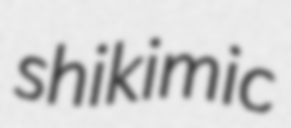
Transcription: shikimic